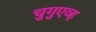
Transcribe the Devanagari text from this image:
चुगुएव्ह